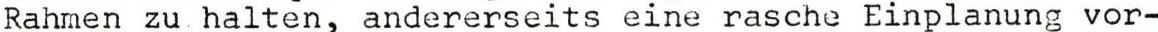
Rahmen zuhalten, andererseits eine rasche Einplanung vor-